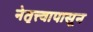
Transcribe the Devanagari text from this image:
नेतृत्त्वापासून